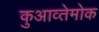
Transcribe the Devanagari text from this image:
कुआव्तेमोक